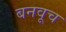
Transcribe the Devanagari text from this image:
बनवूच